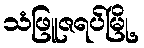
သံဖြူဇရပ်မြို့